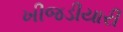
ખીજડીયારી